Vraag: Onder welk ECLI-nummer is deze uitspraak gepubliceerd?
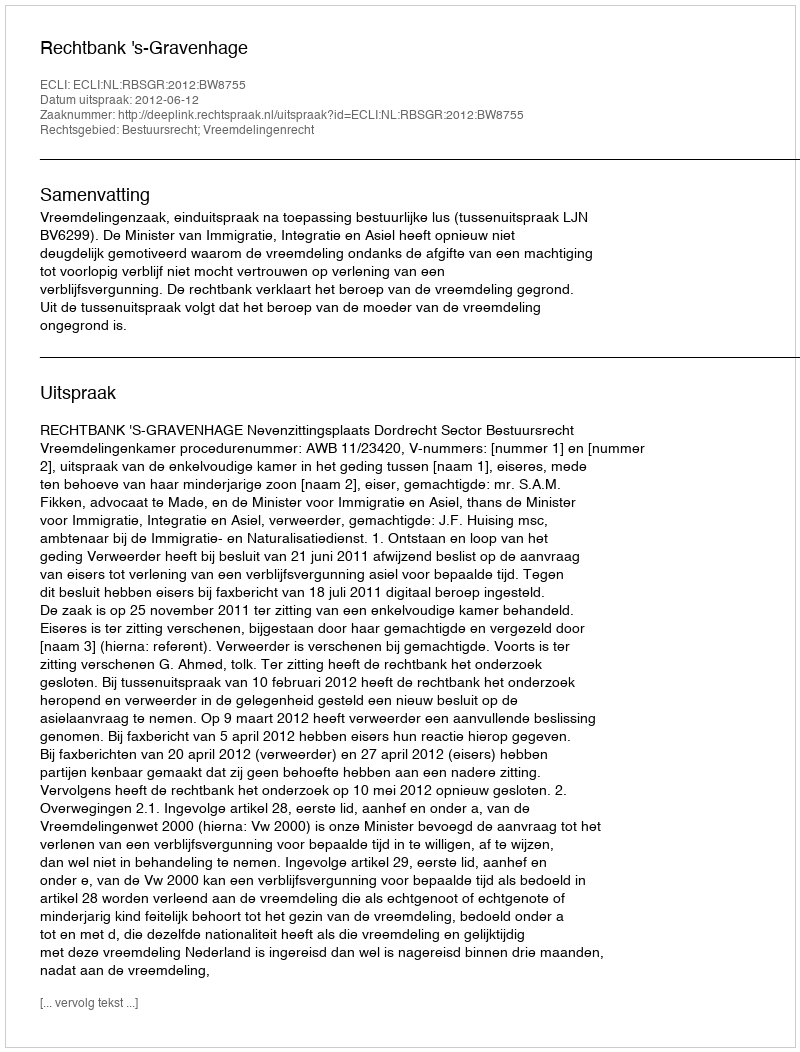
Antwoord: ECLI:NL:RBSGR:2012:BW8755